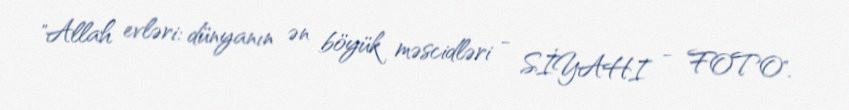
"Allah evləri: dünyanın ən böyük məscidləri - SİYAHI - FOTO".